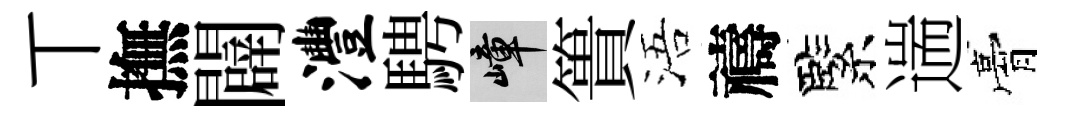
丅撫闢澧騁嶂簣浯禱緊遄膏